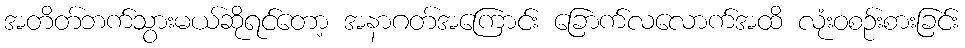
အတိတ်ဘက်သွားမယ်ဆိုရင်တော့ အနာဂတ်အကြောင်း ခြောက်လလောက်အထိ လုံးဝစဉ်းစားခြင်း